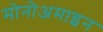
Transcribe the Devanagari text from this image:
मोनोअमाइन